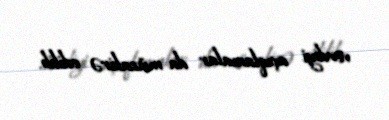
verdiyi açıqlamalar da müzakirə edilib.